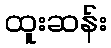
ထူးဆန်း